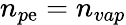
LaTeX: n_{p\mathrm{e}}=n_{vap}